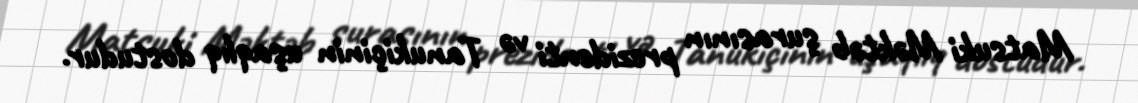
Matsuki Məktəb şurasının prezidenti və Tanukiçinin uşaqlıq dostudur.